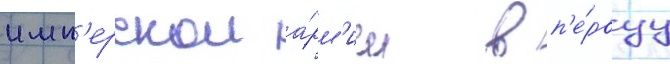
имп'ерскои а́рм'ии в п'е́рвуу